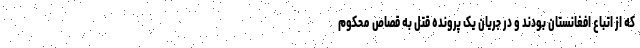
که از اتباع افغانستان بودند و در جریان یک پرونده قتل به قصاص محکوم